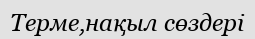
Терме,нақыл сөздері